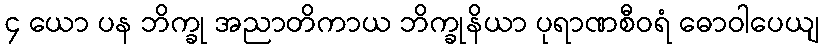
၄ ယော ပန ဘိက္ခု အညာတိကာယ ဘိက္ခုနိယာ ပုရာဏစီဝရံ ဓောဝါပေယျ